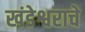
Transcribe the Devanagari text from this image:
खंडेश्वराचे